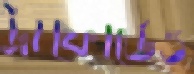
ট্রাফোর্ডেও